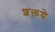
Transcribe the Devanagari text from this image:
शक्तये